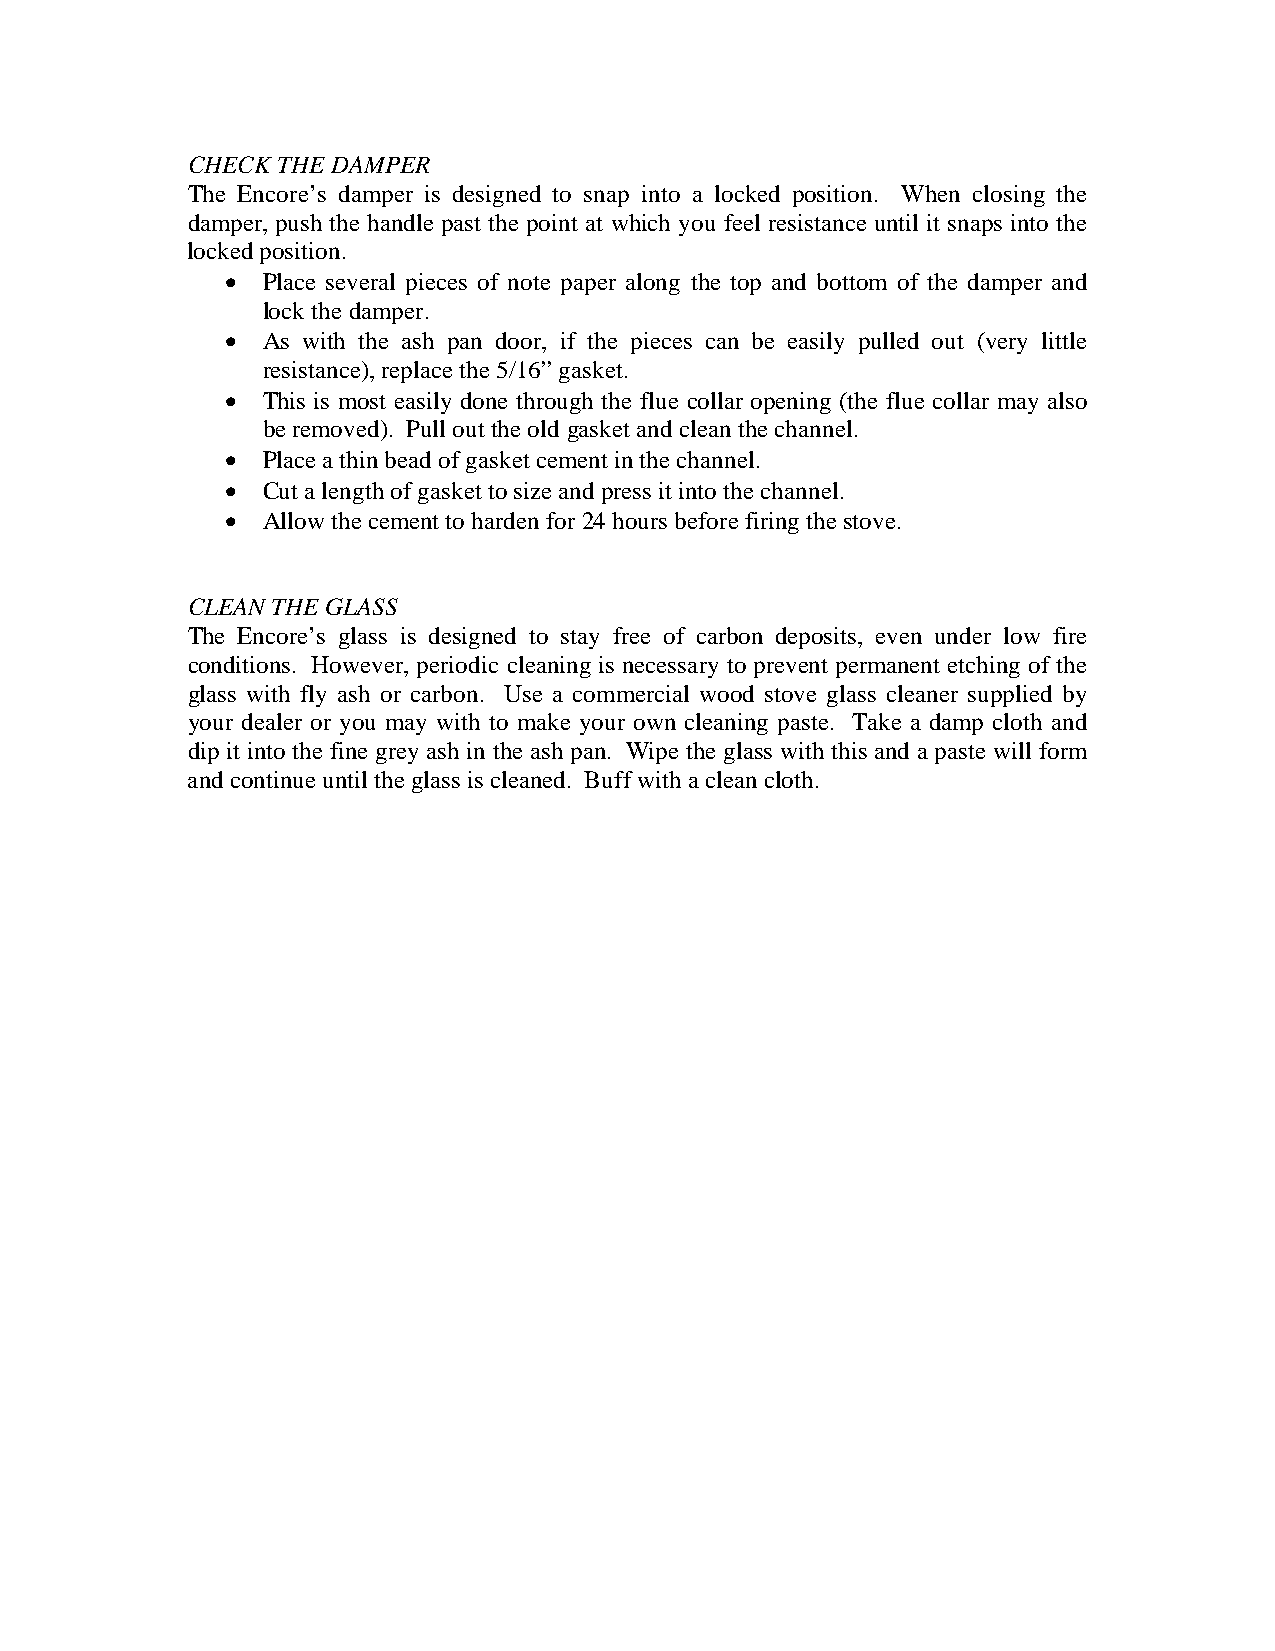
CHECK THE DAMPER
 The Encore’s damper is designed to snap into a locked position. When closing the
 damper, push the handle past the point at which you feel resistance until it snaps into the
 locked position.
 • Place several pieces of note paper along the top and bottom of the damper and
 lock the damper.
 • As with the ash pan door, if the pieces can be easily pulled out (very little
 resistance), replace the 5/16” gasket.
 • This is most easily done through the flue collar opening (the flue collar may also
 be removed). Pull out the old gasket and clean the channel.
 • Place a thin bead of gasket cement in the channel.
 • Cut a length of gasket to size and press it into the channel.
 • Allow the cement to harden for 24 hours before firing the stove.
 CLEAN THE GLASS
 The Encore’s glass is designed to stay free of carbon deposits, even under low fire
 conditions. However, periodic cleaning is necessary to prevent permanent etching of the
 glass with fly ash or carbon. Use a commercial wood stove glass cleaner supplied by
 your dealer or you may with to make your own cleaning paste. Take a damp cloth and
 dip it into the fine grey ash in the ash pan. Wipe the glass with this and a paste will form
 and continue until the glass is cleaned. Buff with a clean cloth.